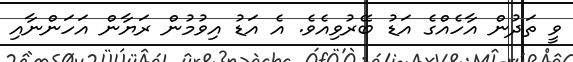
ވީ ތަދުން އާހެއްގެ އަޑު ބޭރުވިއެވެ. އެ އަޑު އިވުމުން ރަޔާން އަހަންނާއި